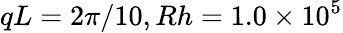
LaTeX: qL=2\pi/10,Rh=1.0\times 10^{5}